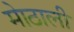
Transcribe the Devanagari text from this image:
माेठाली